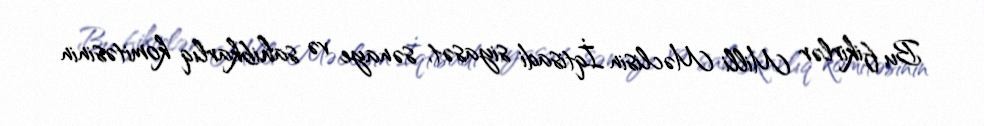
Bu fikirlər Milli Məclisin İqtisadi siyasət, sənaye və sahibkarlıq komitəsinin